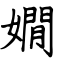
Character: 嫺